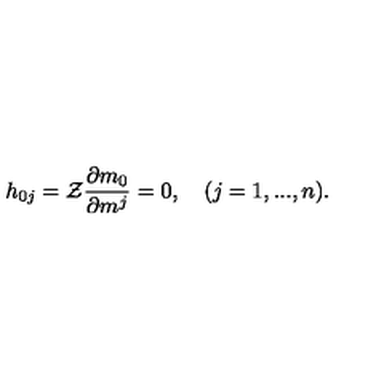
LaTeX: h _ { 0 j } = { \cal Z } \frac { \partial m _ { 0 } } { \partial m ^ { j } } = 0 , \quad ( j = 1 , . . . , n ) .